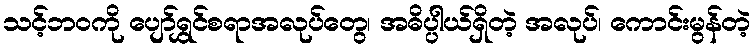
သင့်ဘဝကို ပျော်ရွှင်စရာအလုပ်တွေ၊ အဓိပ္ပါယ်ရှိတဲ့ အလုပ်၊ ကောင်းမွန်တဲ့